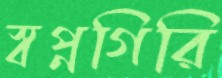
স্বপ্নগিরি